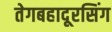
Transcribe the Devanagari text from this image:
तेगबहादूरसिंग